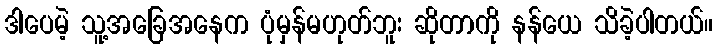
ဒါပေမဲ့ သူ့အခြေအနေက ပုံမှန်မဟုတ်ဘူး ဆိုတာကို နန်ယေ သိခဲ့ပါတယ်။